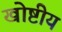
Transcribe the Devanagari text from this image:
खोष्टीय